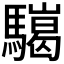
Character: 𩦏